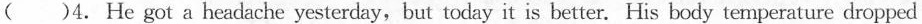
( )4. He got a headache yesterday,but today it is better. His body temperature dropped